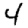
Digit: 4